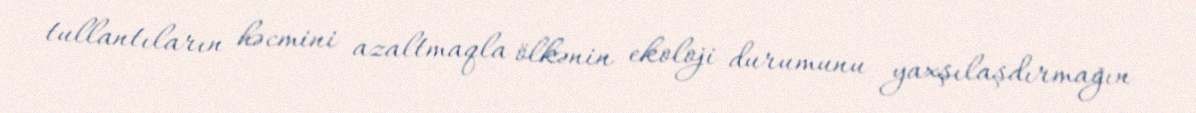
tullantıların həcmini azaltmaqla ölkənin ekoloji durumunu yaxşılaşdırmağın